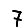
Digit: 7